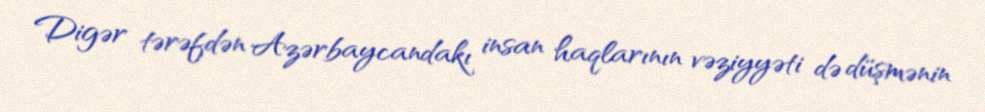
Digər tərəfdən Azərbaycandakı insan haqlarının vəziyyəti də düşmənin